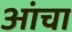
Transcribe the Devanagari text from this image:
आंचा